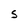
Character: S